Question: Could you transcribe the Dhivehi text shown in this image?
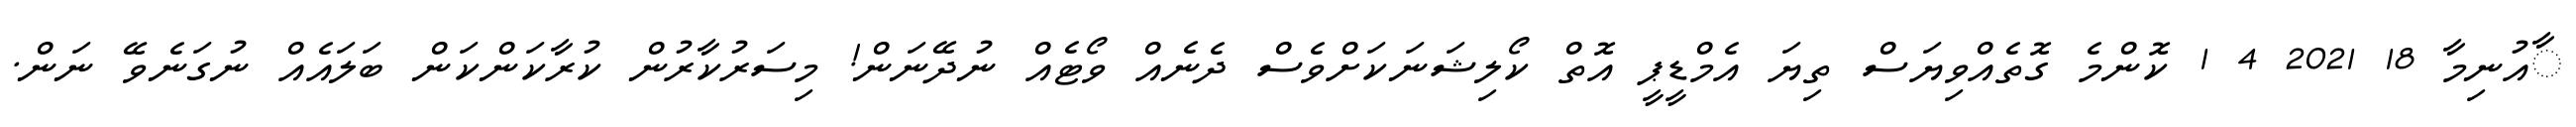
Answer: ާއުނިމާ 18 2021 4 1 ކޮންމެ ގޮތެއްވިޔަސް ތިޔަ އެމްޑީޕީ އޮތް ކޯލިޝަނަކަށްވެސް ދެނެއް ވޯޓެއް ނުދޭނަން! މިސަރުކާރުން ކުރާކަންކަން ބަލައެއް ނުގަނެވޭ ނަން.